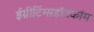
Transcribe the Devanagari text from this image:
ईग्रीटिंग्सडॉटकॉम